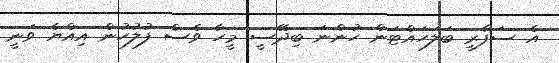
އެ ސަފާރީ ބަލަހައްޓަން ހުންނަ ބިދޭސީ މީހާ ވެސް ފުލުހުން އިއްޔެ ވަނީ